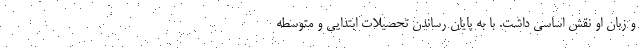
و زبان او نقش اساسی داشت. با به پایان رساندن تحصیلات ابتدایی و متوسطه